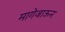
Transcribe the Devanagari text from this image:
मागेजाऊन